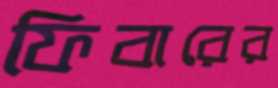
ফিবারের